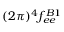
( 2 \pi ) ^ { 4 } f _ { e e } ^ { B 1 }